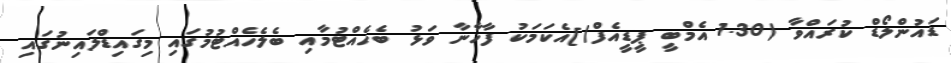
ޑައުންލޯޑް ކުރައްވާ (1.30 އެމްބީ ޕީޑީއެފް)]އެކަމަކު ފާހާނާ ވަޅު ބެހެއްޓުމާއި ބެލެހެއްޓުމުގައި މިގައިޑްލައިނުގައި